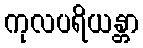
ကုလပရိယန္တာ